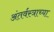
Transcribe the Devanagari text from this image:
अंतर्वस्त्राच्या